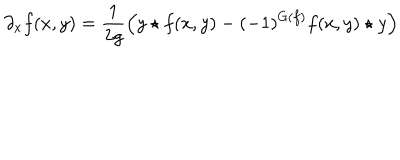
\partial _ { x } f ( x , y ) = \frac { 1 } { 2 g } \left( y \star f ( x , y ) - ( - 1 ) ^ { G ( f ) } f ( x , y ) \star y \right)